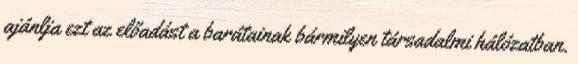
ajánlja ezt az előadást a barátainak bármilyen társadalmi hálózatban.